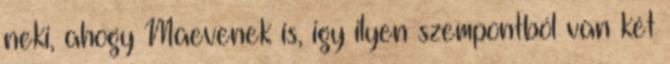
neki, ahogy Maevenek is, igy ilyen szempontból van két